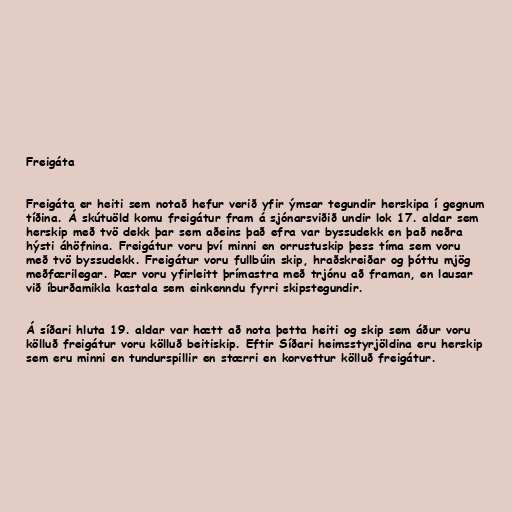
Freigáta

Freigáta er heiti sem notað hefur verið yfir ýmsar tegundir herskipa í gegnum
tíðina. Á skútuöld komu freigátur fram á sjónarsviðið undir lok 17. aldar sem
herskip með tvö dekk þar sem aðeins það efra var byssudekk en það neðra
hýsti áhöfnina. Freigátur voru því minni en orrustuskip þess tíma sem voru
með tvö byssudekk. Freigátur voru fullbúin skip, hraðskreiðar og þóttu mjög
meðfærilegar. Þær voru yfirleitt þrímastra með trjónu að framan, en lausar
við íburðamikla kastala sem einkenndu fyrri skipstegundir.

Á síðari hluta 19. aldar var hætt að nota þetta heiti og skip sem áður voru
kölluð freigátur voru kölluð beitiskip. Eftir Síðari heimsstyrjöldina eru herskip
sem eru minni en tundurspillir en stærri en korvettur kölluð freigátur.